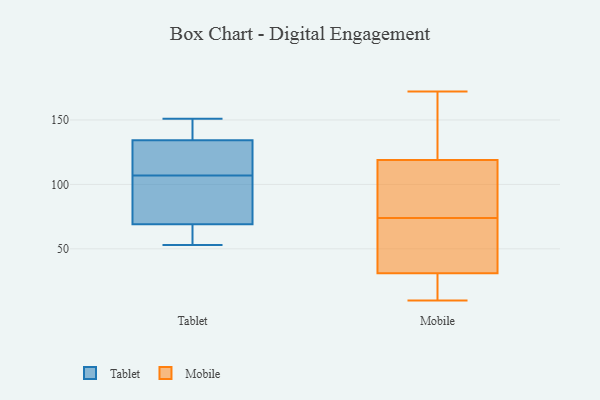
{"axis": {"x": "Temperature (°C)", "y": "Value"}, "legend": ["Mobile", "Tablet"], "data": [{"x": "", "y": 135, "type": "Tablet"}, {"x": "", "y": 67, "type": "Tablet"}, {"x": "", "y": 151, "type": "Tablet"}, {"x": "", "y": 111, "type": "Tablet"}, {"x": "", "y": 53, "type": "Tablet"}, {"x": "", "y": 53, "type": "Tablet"}, {"x": "", "y": 132, "type": "Tablet"}, {"x": "", "y": 151, "type": "Tablet"}, {"x": "", "y": 75, "type": "Tablet"}, {"x": "", "y": 89, "type": "Tablet"}, {"x": "", "y": 107, "type": "Tablet"}, {"x": "", "y": 142, "type": "Mobile"}, {"x": "", "y": 10, "type": "Mobile"}, {"x": "", "y": 29, "type": "Mobile"}, {"x": "", "y": 155, "type": "Mobile"}, {"x": "", "y": 17, "type": "Mobile"}, {"x": "", "y": 111, "type": "Mobile"}, {"x": "", "y": 74, "type": "Mobile"}, {"x": "", "y": 53, "type": "Mobile"}, {"x": "", "y": 74, "type": "Mobile"}, {"x": "", "y": 122, "type": "Mobile"}, {"x": "", "y": 67, "type": "Mobile"}, {"x": "", "y": 31, "type": "Mobile"}, {"x": "", "y": 37, "type": "Mobile"}, {"x": "", "y": 103, "type": "Mobile"}, {"x": "", "y": 76, "type": "Mobile"}, {"x": "", "y": 119, "type": "Mobile"}, {"x": "", "y": 172, "type": "Mobile"}, {"x": "", "y": 26, "type": "Mobile"}]}